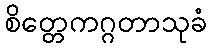
စိတ္တေကဂ္ဂတာသုခံ